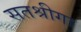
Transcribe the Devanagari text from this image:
सतश्रीगा